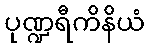
ပုဏ္ဍရီကိနိယံ